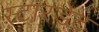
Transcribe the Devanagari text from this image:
स्टारडेट